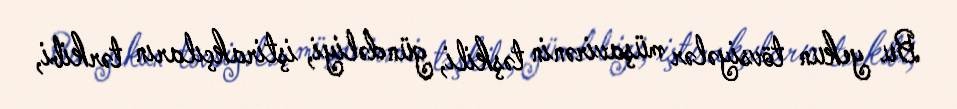
Bu yekun tövsiyələr müşavirənin təşkili, gündəliyi, iştirakçıların tərkibi,